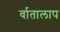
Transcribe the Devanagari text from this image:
र्वातालाप